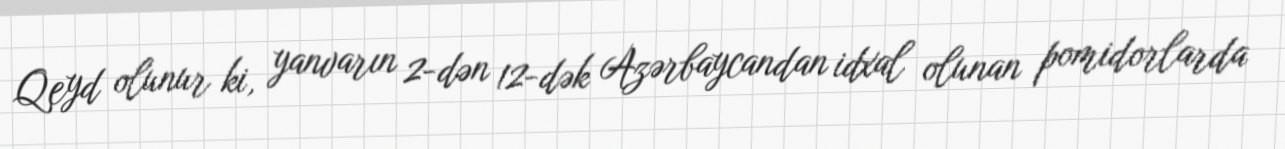
Qeyd olunur ki, yanvarın 2-dən 12-dək Azərbaycandan idxal olunan pomidorlarda